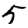
Digit: 5